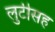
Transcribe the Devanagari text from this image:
लुटीसह